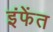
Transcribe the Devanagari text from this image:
इंफेंत